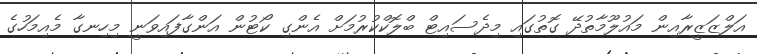
އަލްޒަޒީރާއިން މައުލޫމާތުދޭ ގޮތުގައި މިދެސައިޓް ބްލޮކްކުރުމަށް އެންގި ކޯޓުން އަންގާފައިވަނީ މިހިނގާ މެއިމަހުގެ